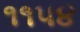
૧૧૫૪